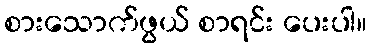
စားသောက်ဖွယ် စာရင်း ပေးပါ။